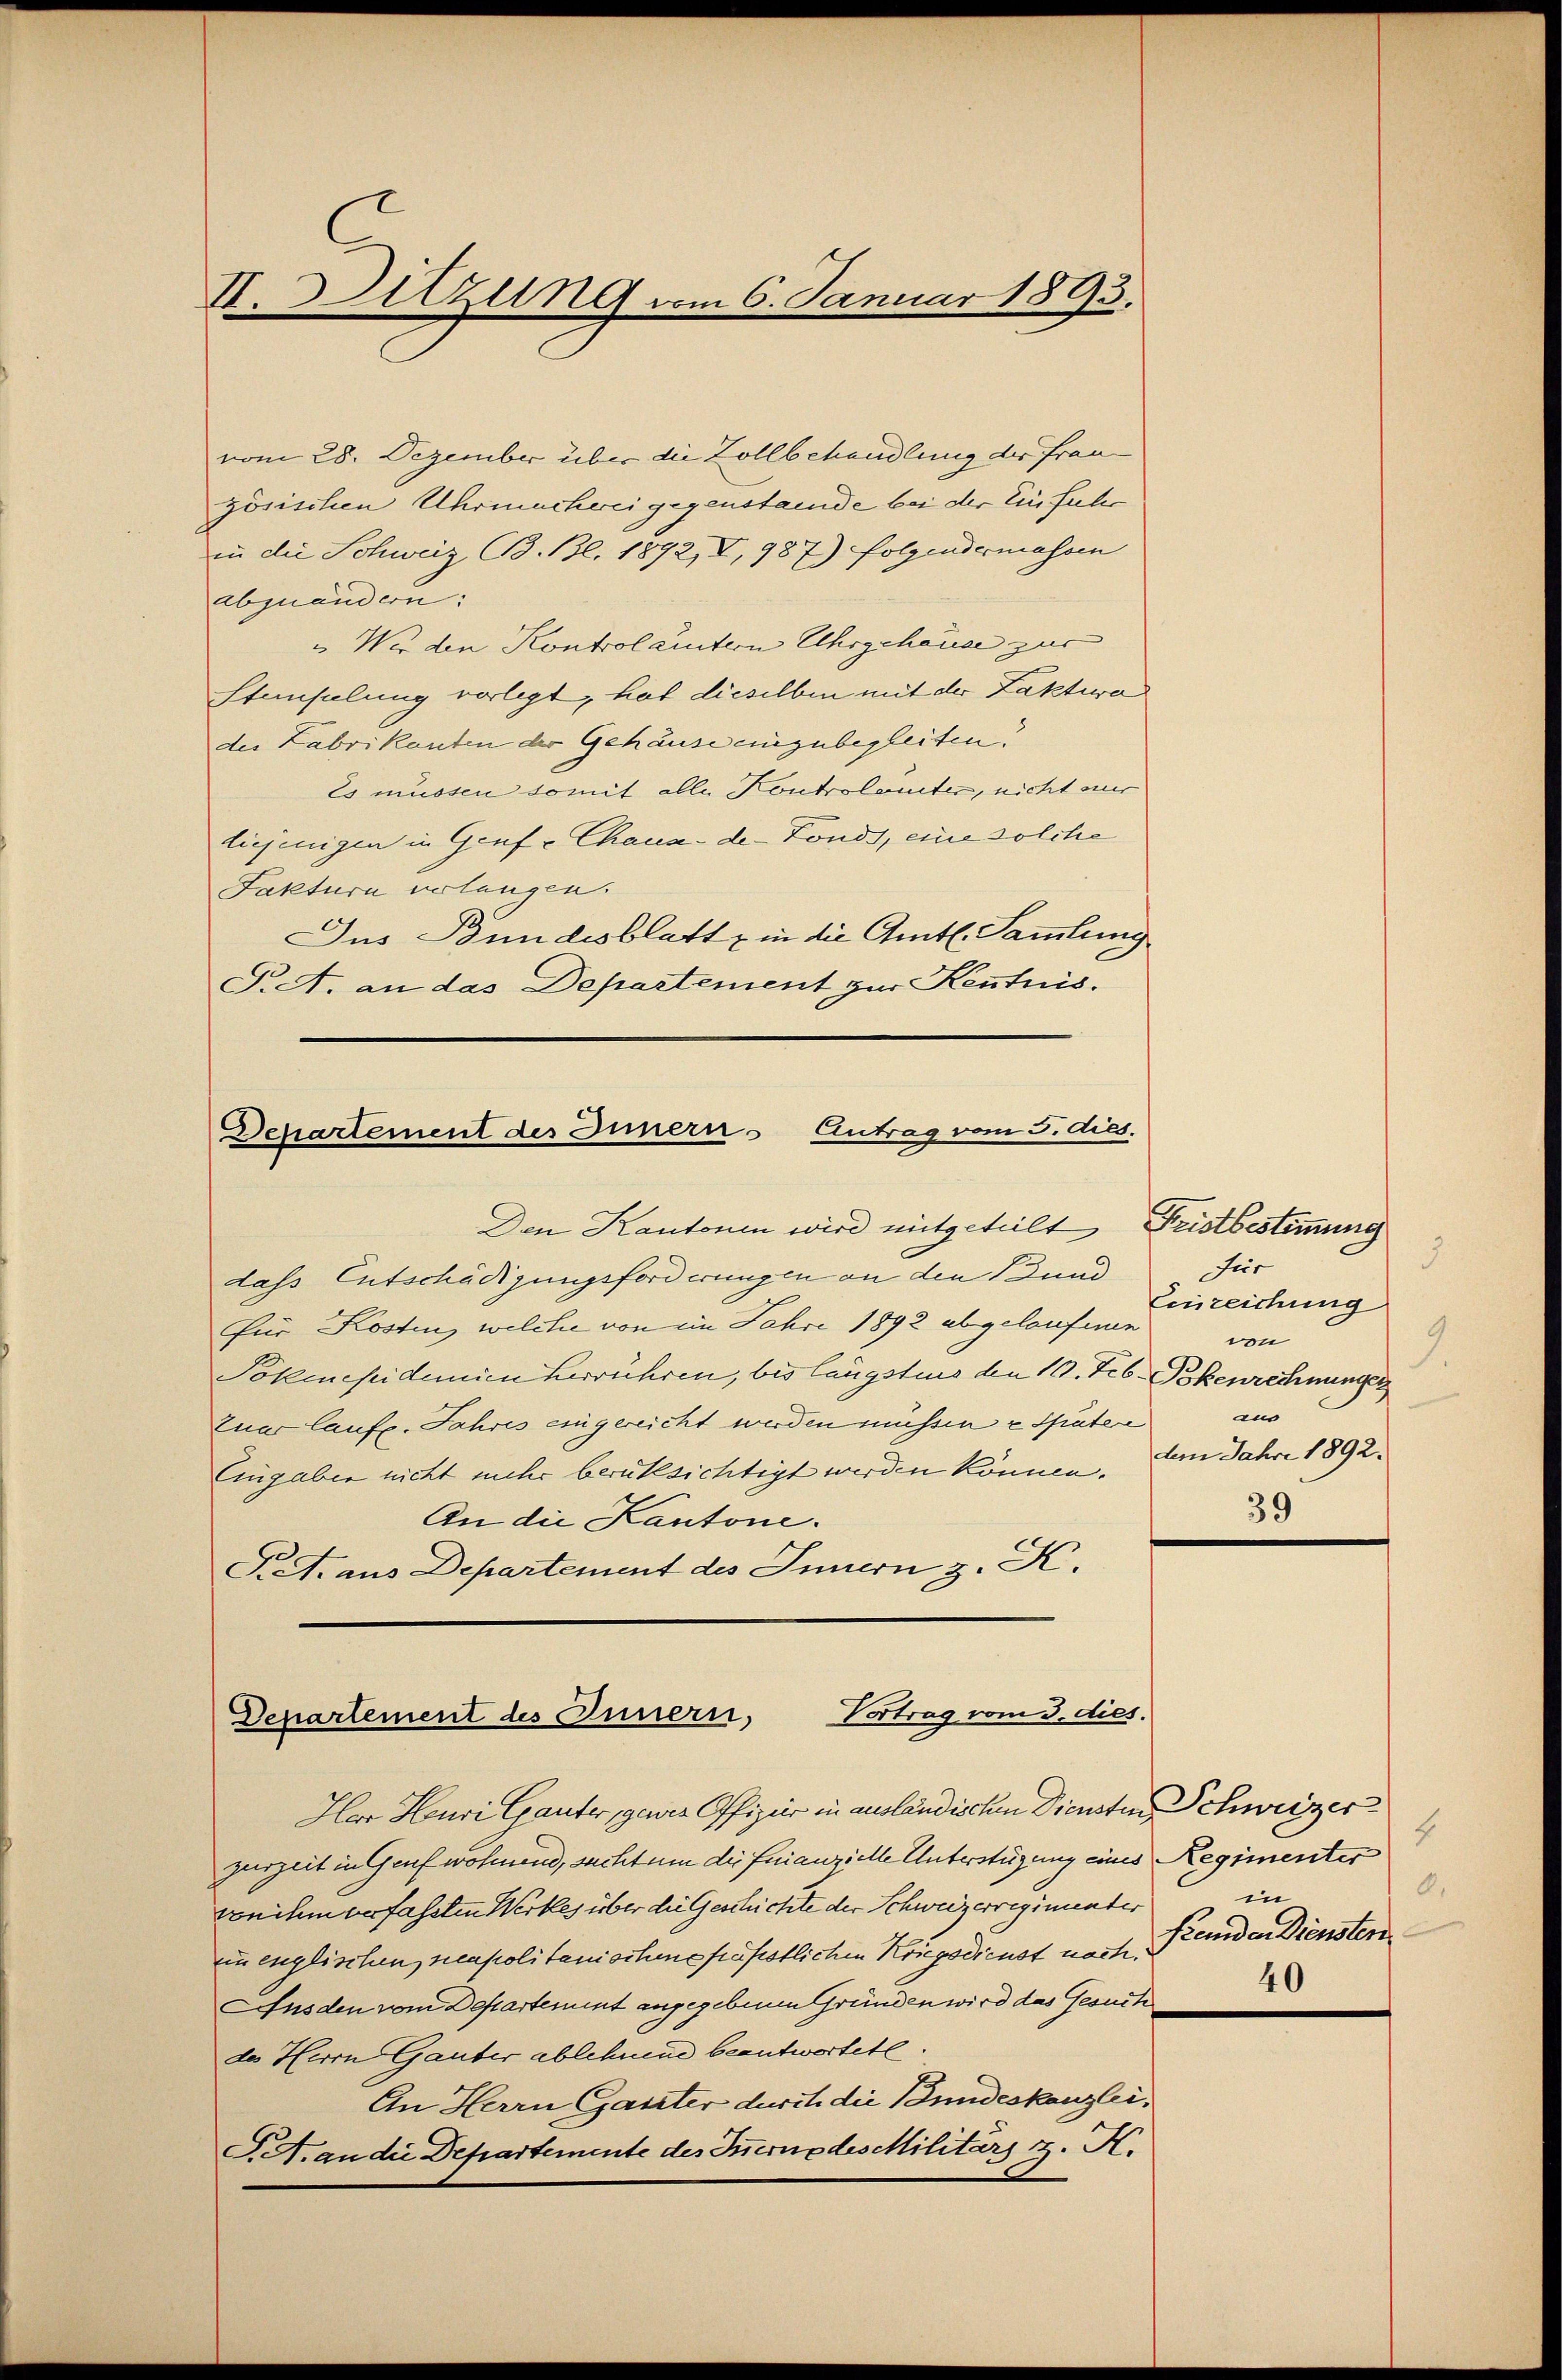
II. Sitzung vom 6. Januar 1893.

vom 28. Dezember über die Kollbehandlung des Frau
zösischen Uhrmachweigegenstande bei der Einfule
in die Schweiz, B. Bl. 1892, I, 987) folgendermassen
abzuänden.
"Wer den Kontrollistern Uhrgehäude zur
stempelung vorlegt, hat dieselben mit der Faktiva
der Labrikanten der Gehäuse einzubegleiten.
Es müssen somit alle Kontrolamtes, nicht mir
liejenigen in Genf u Chaux-de-Fonds, eine solche
Fakturn erlangen.
Jus Bundesblatt in die Amtl. Sammlung
T. A. an das Departement zur Kenntnis.

Departement des Innern - Antrag vom 3. dies.

Den Kantonen wird mitgeteilt, Fristbestimmung
dass Entschädigungsforderungen an den und
Für Kosten, welche von im Jahre 1892 abgelaufenen
Pokenesidemien herrühren, bis längstens den 10. Feb. Bokenrechnunger
tuar laufe. Jahres eingereicht werden müssen u Später
Eingaben nicht mehr berüksichtigt werden können.
An die Kantone.
Pret. aus Departement des Innern z. K.

Herr Heuri Gauter, gewes Offizier in ausländischen Diensten Schweizer
zurzeit in Genf wohnend, sicht um die Finanzielle Unterstüzung eines Regimenter
von ihm anfassten Werkes über die Geschichte der Schweizerregimentes
n englischen neapolitanischene fräßistlichen Kriegsdienst nach.
Ausden vom Departement angegebenen Gründen wird das Gesuch
des Herrn Ganter ablehnend beantwortete.
An Herrn Gaster durch die Bundeskanzlei,
S.A. an die Departemente des Innerne des Militärs z. K.

Vortrag vom 3. dies.
Departement des Innern,

3
Für
Einzeichung
von
9
um
dem Jahre 1892.
39

4
8.
in
Fremden Diensten
40